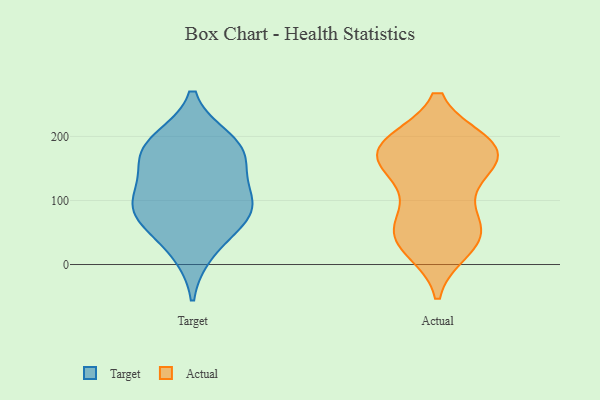
{"axis": {"x": "Gross Profit (USD K)", "y": "Value"}, "legend": ["Actual", "Target"], "data": [{"x": "", "y": 165, "type": "Target"}, {"x": "", "y": 87, "type": "Target"}, {"x": "", "y": 68, "type": "Target"}, {"x": "", "y": 193, "type": "Target"}, {"x": "", "y": 21, "type": "Target"}, {"x": "", "y": 116, "type": "Target"}, {"x": "", "y": 99, "type": "Target"}, {"x": "", "y": 78, "type": "Target"}, {"x": "", "y": 186, "type": "Target"}, {"x": "", "y": 169, "type": "Target"}, {"x": "", "y": 186, "type": "Actual"}, {"x": "", "y": 171, "type": "Actual"}, {"x": "", "y": 188, "type": "Actual"}, {"x": "", "y": 35, "type": "Actual"}, {"x": "", "y": 188, "type": "Actual"}, {"x": "", "y": 166, "type": "Actual"}, {"x": "", "y": 47, "type": "Actual"}, {"x": "", "y": 178, "type": "Actual"}, {"x": "", "y": 58, "type": "Actual"}, {"x": "", "y": 26, "type": "Actual"}, {"x": "", "y": 178, "type": "Actual"}, {"x": "", "y": 127, "type": "Actual"}, {"x": "", "y": 141, "type": "Actual"}, {"x": "", "y": 47, "type": "Actual"}, {"x": "", "y": 74, "type": "Actual"}]}